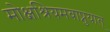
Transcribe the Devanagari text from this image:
मोक्षश्रियमवाप्नुयात्